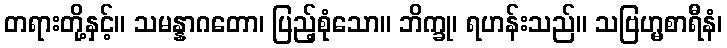
တရားတို့နှင့်။ သမန္နာဂတော၊ ပြည့်စုံသော။ ဘိက္ခု၊ ရဟန်းသည်။ သဗြဟ္မစာရီနံ၊